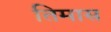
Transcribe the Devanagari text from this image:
तिमास